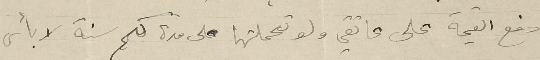
دفع القيمة على عاتقي ولو تحملتها على مدة كم سنة لا بأس